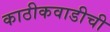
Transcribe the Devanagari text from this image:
काठीकवाडीची